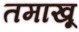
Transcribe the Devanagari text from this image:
तमाखू